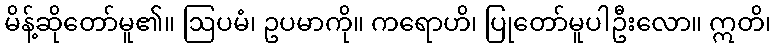
မိန့်ဆိုတော်မူ၏။ ဩပမံ၊ ဥပမာကို။ ကရောဟိ၊ ပြုတော်မူပါဦးလော။ ဣတိ၊